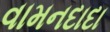
વામનદાદા